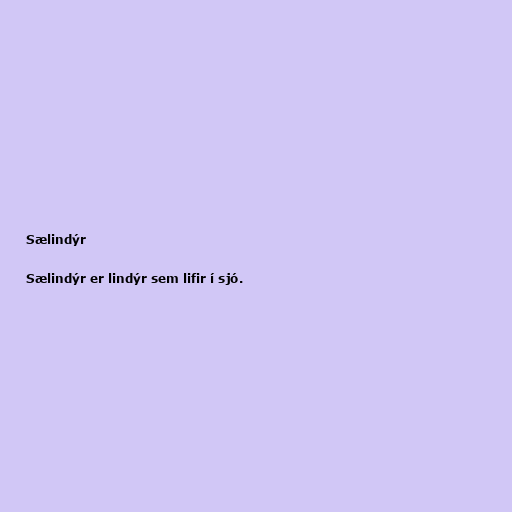
Sælindýr

Sælindýr er lindýr sem lifir í sjó.